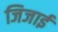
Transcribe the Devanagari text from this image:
जिजाई